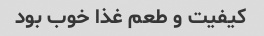
کیفیت و طعم غذا خوب بود